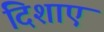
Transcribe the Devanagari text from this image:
दिशाए